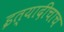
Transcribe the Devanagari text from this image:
इत्यादींचाच